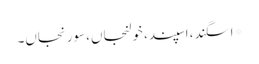
*اسگند، اسپند، خولنجاں، سورنجاں۔